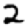
Digit: 2